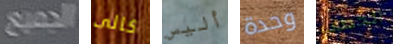
الجميع كالى أليس وحدة الخطاب